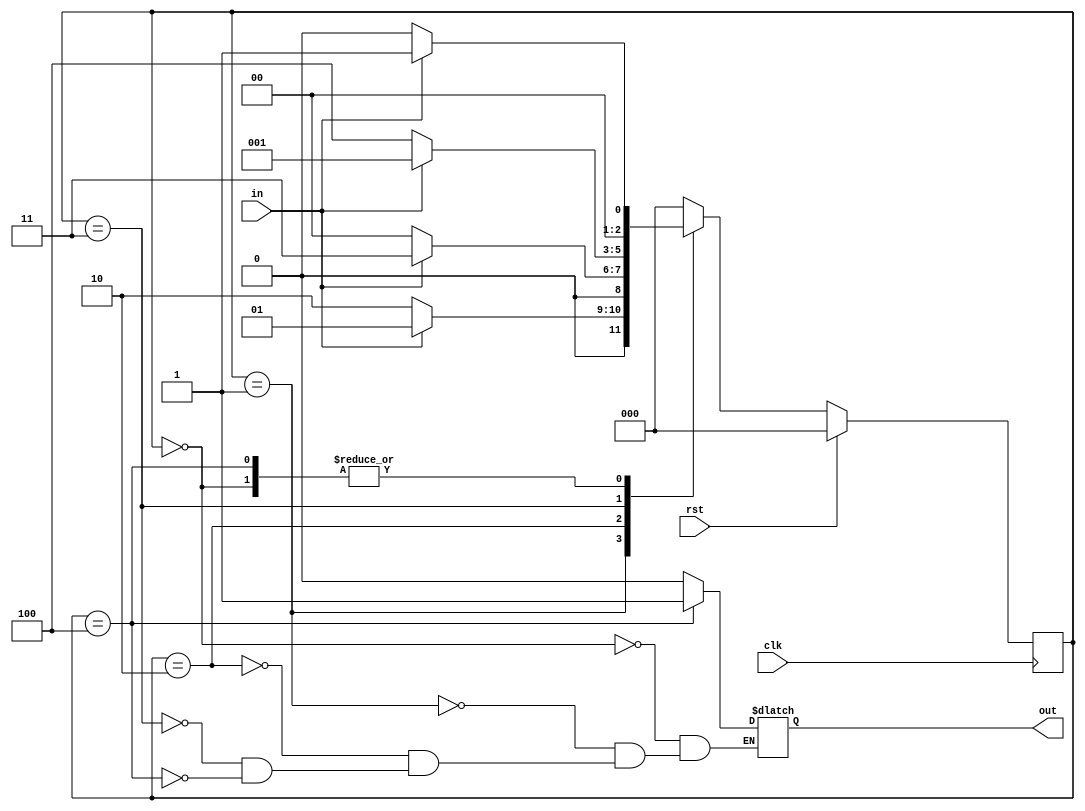
`timescale 1ns / 1ps
//////////////////////////////////////////////////////////////////////////////////
// Company: 
// Engineer: 
// 
// Design Name: 
// Module Name:    Moore_NO 
// Project Name: 
// Target Devices: 
// Tool versions: 
// Description: 
//
// Dependencies: 
//
// Revision: 
// Revision 0.01 - File Created
// Additional Comments: 
//
//////////////////////////////////////////////////////////////////////////////////
module Moore_NO(clk,rst,in,out);

input clk,rst,in;
output reg out;

parameter s0=3'b000,s1=3'b001,s10=3'b010,s101=3'b011,s1010=3'b100;
reg [2:0] cstate,nstate;

always @(posedge clk)begin
	if(rst==1)begin
		cstate<=s0;
	end
	else begin
		cstate<=nstate;
	end
end

always @(in or cstate)begin
	case(cstate)
	s0: if(in==1)begin
		out=1'b0;
		nstate=s1;
	end
	else begin
		out=1'b0;
		nstate=s0;
	end
	
	s1: if(in==1)begin
		out=1'b0;
		nstate=s1;
	end
	else begin
		out=1'b0;
		nstate=s10;
	end
	
	s10: if(in==1)begin
		out=1'b0;
		nstate=s101;
	end
	else begin
		out=1'b0;
		nstate=s0;
	end
	
	s101: if(in==1)begin
		out=1'b0;
		nstate=s1;
	end
	else begin
		out=1'b0;
		nstate=s1010;
	end
	
	s1010: if(in==1)begin
		out=1'b1;
		nstate=s1;
	end
	else begin
		out=1'b1;
		nstate=s0;
	end
	
	default: nstate=s0;
	endcase
end

endmodule